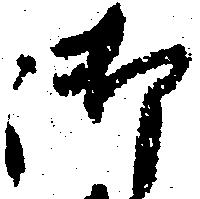
御